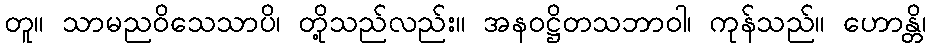
တူ။ သာမညဝိသေသာပိ၊ တို့သည်လည်း။ အနဝဋ္ဌိတသဘာဝါ၊ ကုန်သည်။ ဟောန္တိ၊